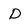
Character: D